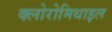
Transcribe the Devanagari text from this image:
क्लोरोमिथाइल